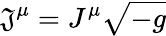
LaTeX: {\mathfrak{J}}^{\mu}=J^{\mu}{\sqrt{-g}}